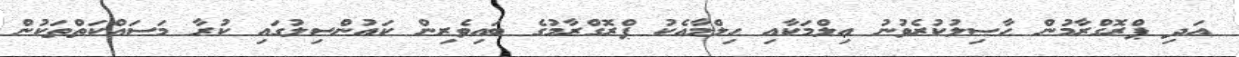
އަދި ޕްރޮގްރާމުން ޙާޞިލުކުރެވުނު ޢިލްމަކާއި ޙިލްމާއެކު ޕްރޮގްރާމުގެ ބައިވެރިން ކައުންސިލުގައި ކުރާ މަސައްކަތްތަކުން